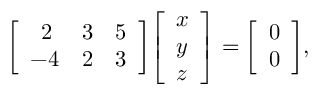
{ \left[ \begin{array} { l l l } { \, \, \, 2 } & { 3 } & { 5 } \\ { - 4 } & { 2 } & { 3 } \end{array} \right] } { \left[ \begin{array} { l } { x } \\ { y } \\ { z } \end{array} \right] } = { \left[ \begin{array} { l } { 0 } \\ { 0 } \end{array} \right] } ,